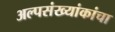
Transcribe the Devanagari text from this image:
अल्पसंख्यांकांचा